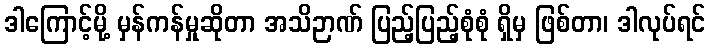
ဒါကြောင့်မို့ မှန်ကန်မှုဆိုတာ အသိဉာဏ် ပြည့်ပြည့်စုံစုံ ရှိမှ ဖြစ်တာ၊ ဒါလုပ်ရင်